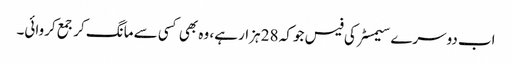
اب دوسرے سیمسٹر کی فیس جو کہ 28 ہزار ہے، وہ بھی کسی سے مانگ کر جمع کروائی۔